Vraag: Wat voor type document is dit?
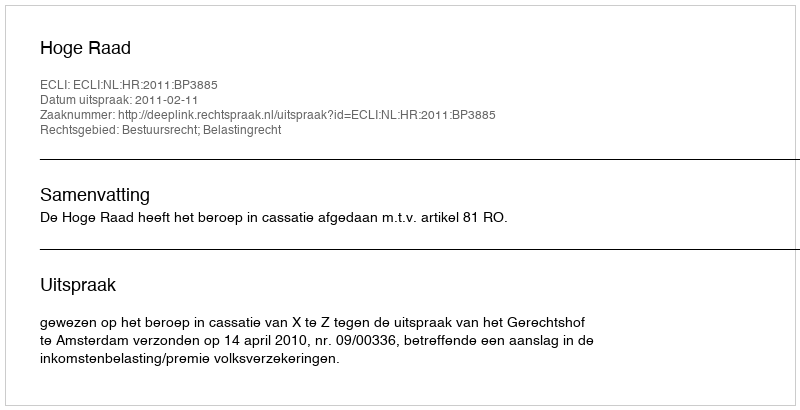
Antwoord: Uitspraak